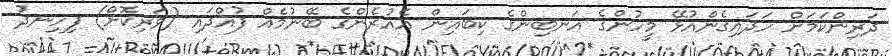
ދަރިންކަމަށް ހަދައިގެންއުޅޭ މީހުންގެ އަނބިންގެ ކިބައިން އެއުރެންގެ ބޭނުމެއް ފުއްދައި (ވަރިކޮށް) ފިހިނދު